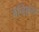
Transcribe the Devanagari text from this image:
वेन्ट्रिकुलर